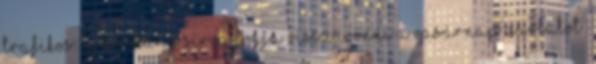
trafikos. „A kormány sírva fogja visszavonni a vasárnap zárlatot”